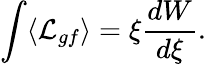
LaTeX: \int\langle{\cal L}_{gf}\rangle=\xi{\frac{dW}{d\xi}}.